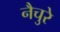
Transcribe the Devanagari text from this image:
नैचुरे